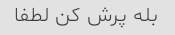
بله پرش کن لطفا